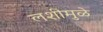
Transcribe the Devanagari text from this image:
लशीमुळे